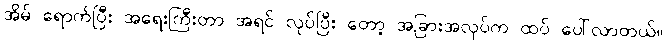
အိမ် ရောက်ပြီး အရေးကြီးတာ အရင် လုပ်ပြီး တော့ အခြားအလုပ်က ထပ် ပေါ်လာတယ်။